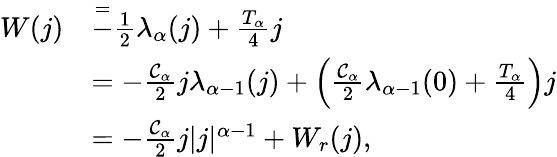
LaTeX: \begin{array}{rl}{W(j)}&{\overset=-\frac{1}{2}\lambda_{\alpha}(j)+\frac{T_{\alpha}}4j}\\ &{=-\frac{\mathcal{C}_{\alpha}}{2}j\lambda_{\alpha-1}(j)+\left(\frac{\mathcal{C}_{\alpha}}{2}\lambda_{\alpha-1}(0)+\frac{T_{\alpha}}{4}\right)j}\\ &{=-\frac{\mathcal{C}_{\alpha}}2j|j|^{\alpha-1}+W_{r}(j),}\end{array}